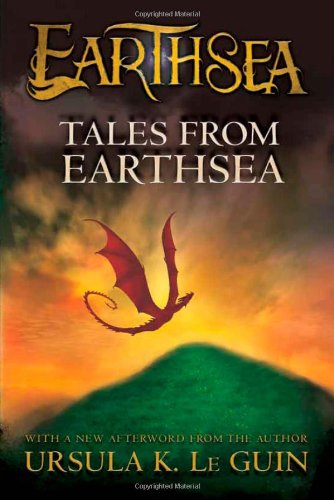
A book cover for Tales from Earthsea (The Earthsea Cycle); Ursula K. Le Guin; Teen & Young Adult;